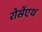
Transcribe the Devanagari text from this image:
रोसेंएथ